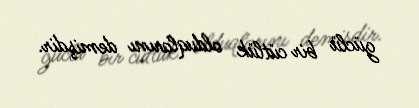
güclü bir cütlük olduqlarını demişdir.